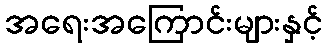
အရေးအကြောင်းများနှင့်